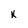
Character: K